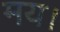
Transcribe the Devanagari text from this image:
मय।